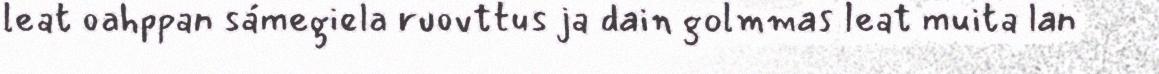
leat oahppan sámegiela ruovttus ja dain golmmas leat muita lan